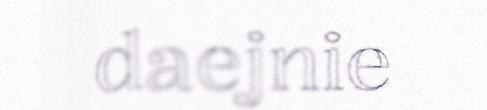
daejnie